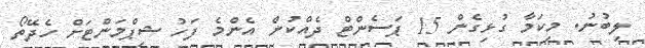
ލިބުނު. މިކަމާ ގުޅިގެން 15 ޕަސެންޓް ދެއްކުން އެންމެ ފަހު ޝިޕްމަންޓަށް ހެދޭތޯ